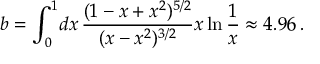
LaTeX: b = \int _ { 0 } ^ { 1 } \! d x \, { \frac { ( 1 - x + x ^ { 2 } ) ^ { 5 / 2 } } { ( x - x ^ { 2 } ) ^ { 3 / 2 } } } x \ln { \frac { 1 } { x } } \approx 4 . 9 6 \, .